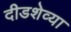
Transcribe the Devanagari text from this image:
दीडशेव्या